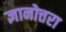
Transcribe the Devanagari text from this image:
ज्ञानोत्तरा